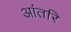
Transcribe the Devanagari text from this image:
आंतरि